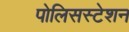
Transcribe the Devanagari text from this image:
पोलिसस्टेशन